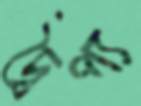
দ্বৈপ্য